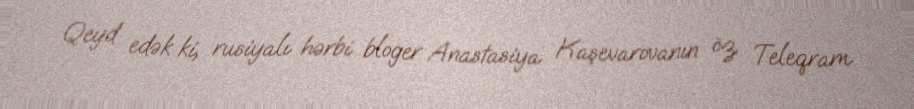
Qeyd edək ki, rusiyalı hərbi bloger Anastasiya Kaşevarovanın öz Teleqram